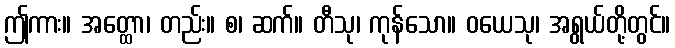
ဤကား။ အတ္ထော၊ တည်း။ စ၊ ဆက်။ တီသု၊ ကုန်သော။ ဝယေသု၊ အရွယ်တို့တွင်။